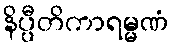
နိပ္ပီတိကာရမ္မဏံ